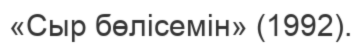
«Сыр бөлісемін» (1992).